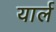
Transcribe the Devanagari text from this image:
यार्ल